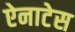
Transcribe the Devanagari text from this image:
ऐनाटेस